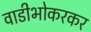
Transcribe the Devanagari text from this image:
वाडीभोकरकर